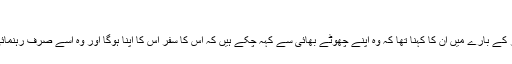
‘
اپنے بھائی دانیال ظفر کے بارے میں ان کا کہنا تھا کہ وہ اپنے چھوٹے بھائی سے کہہ چکے ہیں کہ اس کا سفر اس کا اپنا ہوگا اور وہ اسے صرف رہنمائی ہی فراہم کریں گے۔